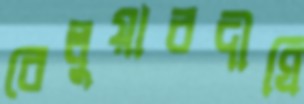
বেলুয়ারদীঘি